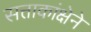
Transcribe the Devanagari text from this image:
सत्ताकांक्षेने